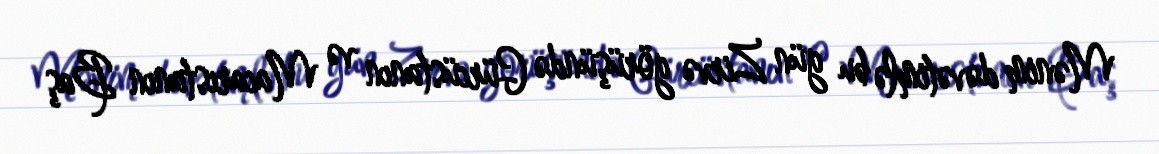
Mənim dəvətimlə bu gün Zirvə görüşündə Gürcüstanın və Macarıstanın Baş